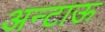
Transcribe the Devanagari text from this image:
अन्टाऊ